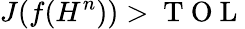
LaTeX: J(f(H^{n}))>\mathrm{~T~O~L~}